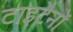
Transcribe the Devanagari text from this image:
टाइटैनों